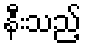
နီးသည့်